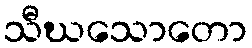
သီဃသောတော